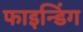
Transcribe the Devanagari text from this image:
फाइन्डिंग